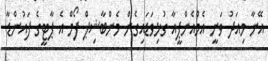
އޭނާ މިއަދު ވަނީ އެމްއެންޕީއާ ގުޅިވަޑައިގެން މެންބާޝިޕް ފޯމް އެ ޕާޓީގެ ފައުންޑާ